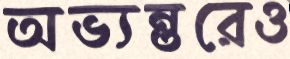
অভ্যন্তরেও